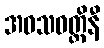
အဝသဝတ္တိနီ